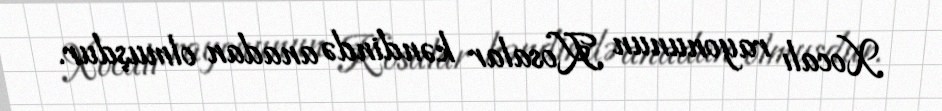
Xocalı rayonunun Kosalar kəndində anadan olmuşdur.